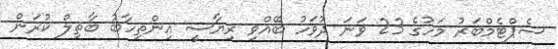
ސެޕްޓެމްބަރު މަހުގެ 23 ވަނަ ދުވަހު ބޭއްވި ރިޔާސީ އިންތިހާބު ބާތިލް ކުރަން